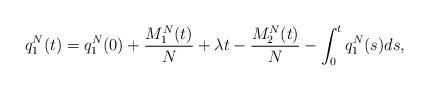
LaTeX: \begin{align*}q_1^N(t)=q_1^N(0)+\frac{M^N_1(t)}{N}+\lambda t-\frac{M^N_2(t)}{N}-\int_0^tq_1^N(s)ds,\end{align*}